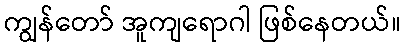
ကျွန်တော် အူကျရောဂါ ဖြစ်နေတယ်။